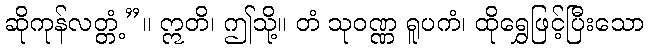
ဆိုကုန်လတ္တံ့”။ ဣတိ၊ ဤသို့။ တံ သုဝဏ္ဏ ရူပကံ၊ ထိုရွှေဖြင့်ပြီးသော